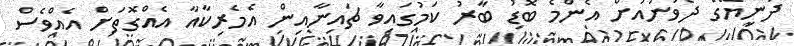
ދުނިޔޭގެ ދެވަނައަށް އެންމެ ބޮޑު ބާރު ކަމުގައިވާ ޗައިނާއިން އެމެރިކާއާ އެއްގޮތަށް އެއްވެސް